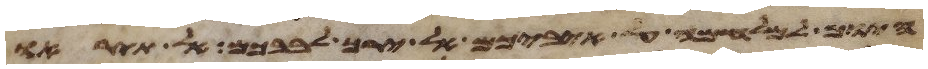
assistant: היום למלחמה על איביכם אל ירך לבבכם אל תיראו